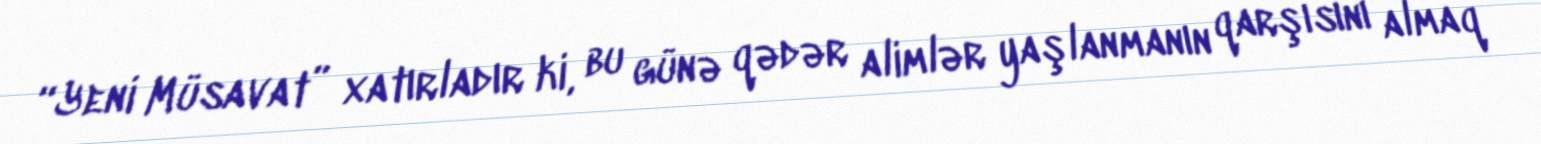
“Yeni Müsavat” xatırladır ki, bu günə qədər alimlər yaşlanmanın qarşısını almaq